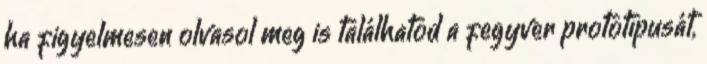
ha figyelmesen olvasol meg is találhatod a fegyver prototípusát,